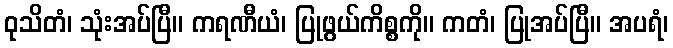
ဝုသိတံ၊ သုံးအပ်ပြီ။ ကရဏီယံ၊ ပြုဖွယ်ကိစ္စကို။ ကတံ၊ ပြုအပ်ပြီ။ အပရံ၊